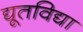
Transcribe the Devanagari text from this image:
द्यूतविद्या